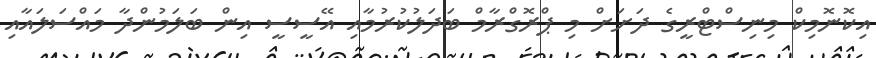
އިކޮނޮމިކް މިނިސްޓްރީގެ ދަށަށް މި ޕްރޮގްރާމް ބަދަލުކުރުމާއި އޭސީސީ އިން ބަލަމުންދާ މައްސަލައާއި